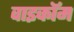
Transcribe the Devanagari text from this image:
वाइकॉम